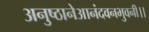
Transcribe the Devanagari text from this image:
अनुष्ठानेआनंदवनभुवनी।।